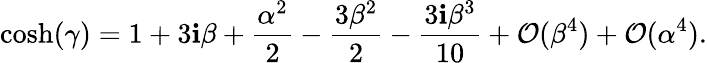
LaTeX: \cosh(\gamma)=1+3\mathbf{i}\beta+\frac{{\alpha^{2}}}{{2}}-\frac{{3\beta^{2}}}{{2}}-\frac{{3\mathbf{i}\beta^{3}}}{{10}}+\mathcal{O}(\beta^{4})+\mathcal{O}(\alpha^{4}).